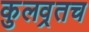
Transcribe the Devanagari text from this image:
कुलव्रतच